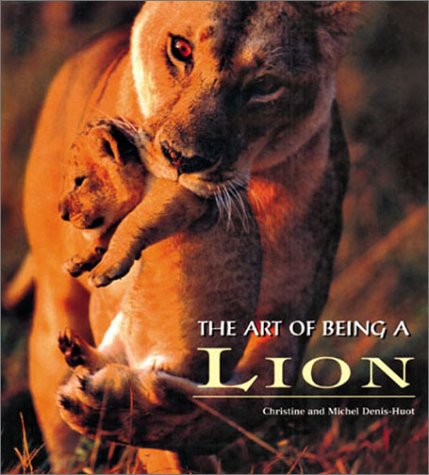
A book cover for The Art of Being a Lion; Christine Denis-Huot; Sports & Outdoors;